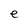
Character: e